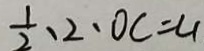
\frac { 1 } { 2 } 、 2 、 O C = 4